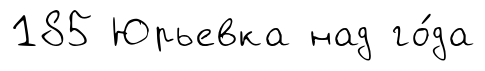
185 Юрьевка над го́да